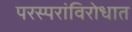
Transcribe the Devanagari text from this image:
परस्परांविरोधात